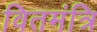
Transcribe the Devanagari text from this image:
वितमंत्रि